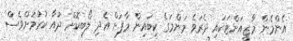
އެންމެން މާޒީއަށްޓަކައި ދެރަވެ މަންމަގެ ކިބައިން މާފަށް އެދި ލޯބިކޮށް ދުއާ ކުރުމަށްވެސް